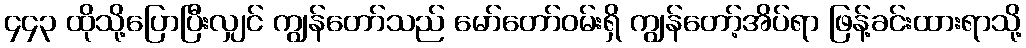
၄၄၃ ထိုသို့ပြောပြီးလျှင် ကျွန်တော်သည် မော်တော်ဝမ်းရှိ ကျွန်တော့်အိပ်ရာ ဖြန့်ခင်းထားရာသို့